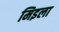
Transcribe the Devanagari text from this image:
मिइला